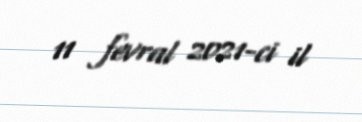
11 fevral 2021-ci il